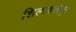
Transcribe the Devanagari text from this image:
शिल्पकलेतून